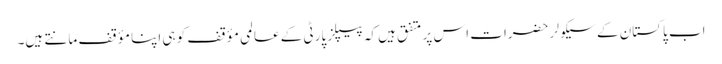
اب پاکستان کے سیکولر حضرات اس پر متفق ہیں کہ پیپلز پارٹی کے عالمی مؤقف کو ہی اپنا مؤقف مانتے ہیں۔